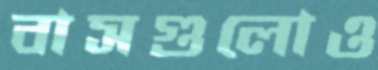
বাসগুলোও